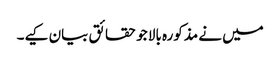
میں نے مذکورہ بالا جو حقائق بیان کیے۔